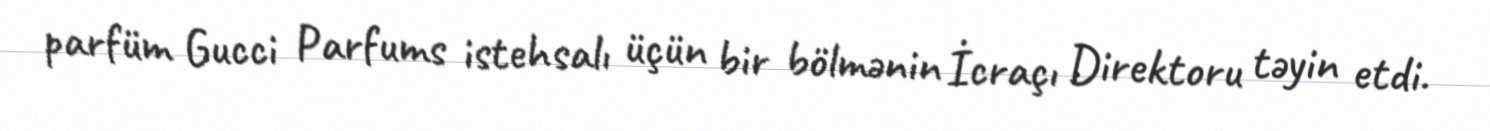
parfüm Gucci Parfums istehsalı üçün bir bölmənin İcraçı Direktoru təyin etdi.